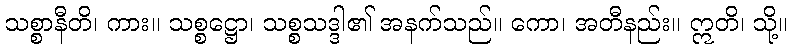
သစ္စာနီတိ၊ ကား။ သစ္စဋ္ဌော၊ သစ္စသဒ္ဒါ၏ အနက်သည်။ ကော၊ အတီနည်း။ ဣတိ၊ သို့။